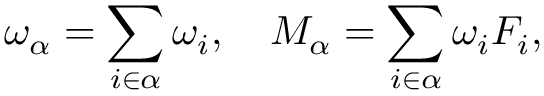
\omega _ { \alpha } = \sum _ { i \in \alpha } \omega _ { i } , \quad M _ { \alpha } = \sum _ { i \in \alpha } \omega _ { i } F _ { i } ,